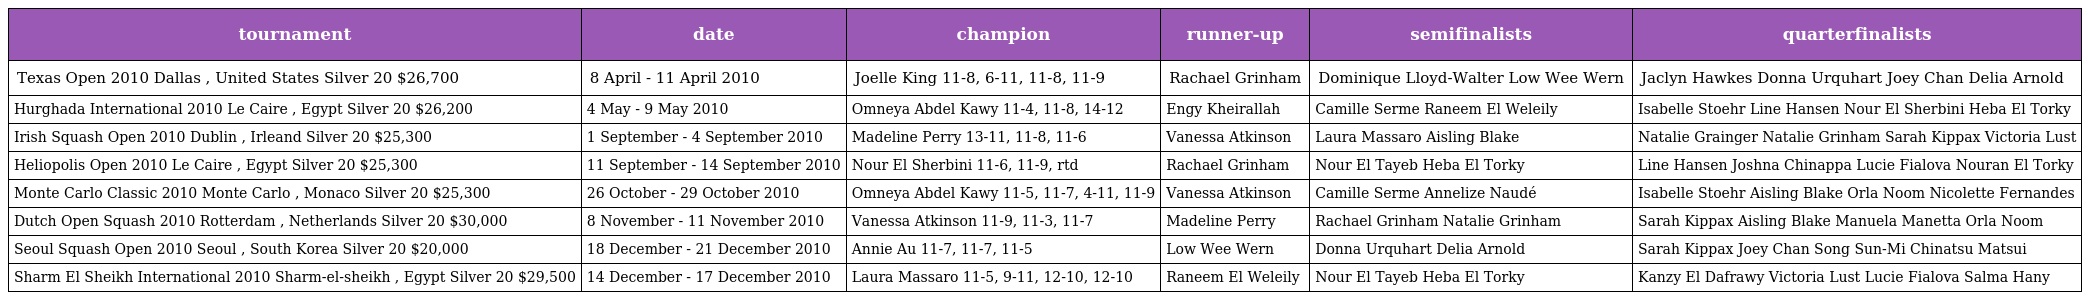
| tournament | date | champion | runner-up | semifinalists | quarterfinalists |
 | --- | --- | --- | --- | --- | --- |
 | Texas Open 2010 Dallas , United States Silver 20 $26,700 | 8 April - 11 April 2010 | Joelle King 11-8, 6-11, 11-8, 11-9 | Rachael Grinham | Dominique Lloyd-Walter Low Wee Wern | Jaclyn Hawkes Donna Urquhart Joey Chan Delia Arnold |
 | Hurghada International 2010 Le Caire , Egypt Silver 20 $26,200 | 4 May - 9 May 2010 | Omneya Abdel Kawy 11-4, 11-8, 14-12 | Engy Kheirallah | Camille Serme Raneem El Weleily | Isabelle Stoehr Line Hansen Nour El Sherbini Heba El Torky |
 | Irish Squash Open 2010 Dublin , Irleand Silver 20 $25,300 | 1 September - 4 September 2010 | Madeline Perry 13-11, 11-8, 11-6 | Vanessa Atkinson | Laura Massaro Aisling Blake | Natalie Grainger Natalie Grinham Sarah Kippax Victoria Lust |
 | Heliopolis Open 2010 Le Caire , Egypt Silver 20 $25,300 | 11 September - 14 September 2010 | Nour El Sherbini 11-6, 11-9, rtd | Rachael Grinham | Nour El Tayeb Heba El Torky | Line Hansen Joshna Chinappa Lucie Fialova Nouran El Torky |
 | Monte Carlo Classic 2010 Monte Carlo , Monaco Silver 20 $25,300 | 26 October - 29 October 2010 | Omneya Abdel Kawy 11-5, 11-7, 4-11, 11-9 | Vanessa Atkinson | Camille Serme Annelize Naudé | Isabelle Stoehr Aisling Blake Orla Noom Nicolette Fernandes |
 | Dutch Open Squash 2010 Rotterdam , Netherlands Silver 20 $30,000 | 8 November - 11 November 2010 | Vanessa Atkinson 11-9, 11-3, 11-7 | Madeline Perry | Rachael Grinham Natalie Grinham | Sarah Kippax Aisling Blake Manuela Manetta Orla Noom |
 | Seoul Squash Open 2010 Seoul , South Korea Silver 20 $20,000 | 18 December - 21 December 2010 | Annie Au 11-7, 11-7, 11-5 | Low Wee Wern | Donna Urquhart Delia Arnold | Sarah Kippax Joey Chan Song Sun-Mi Chinatsu Matsui |
 | Sharm El Sheikh International 2010 Sharm-el-sheikh , Egypt Silver 20 $29,500 | 14 December - 17 December 2010 | Laura Massaro 11-5, 9-11, 12-10, 12-10 | Raneem El Weleily | Nour El Tayeb Heba El Torky | Kanzy El Dafrawy Victoria Lust Lucie Fialova Salma Hany |